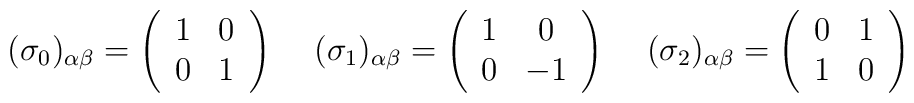
(\sigma_0)_{\alpha\beta}=\left( \begin{array}{cc}		    1 & 0 \\		    0 & 1       \end{array}\right)\,\quad(\sigma_1)_{\alpha\beta}=\left( \begin{array}{cc}		    1 & 0 \\		    0 & -1       \end{array}\right)\,\quad(\sigma_2)_{\alpha\beta}=\left( \begin{array}{cc}		    0 & 1 \\		    1 & 0       \end{array}\right)